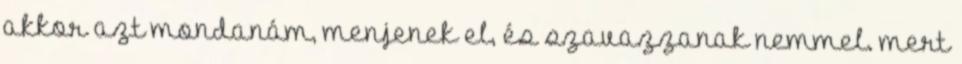
akkor azt mondanám, menjenek el, és szavazzanak nemmel. mert